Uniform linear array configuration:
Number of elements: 48
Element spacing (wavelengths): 1
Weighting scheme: cosine
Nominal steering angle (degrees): -45
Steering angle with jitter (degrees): -44.798
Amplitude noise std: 0.05
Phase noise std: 0.05

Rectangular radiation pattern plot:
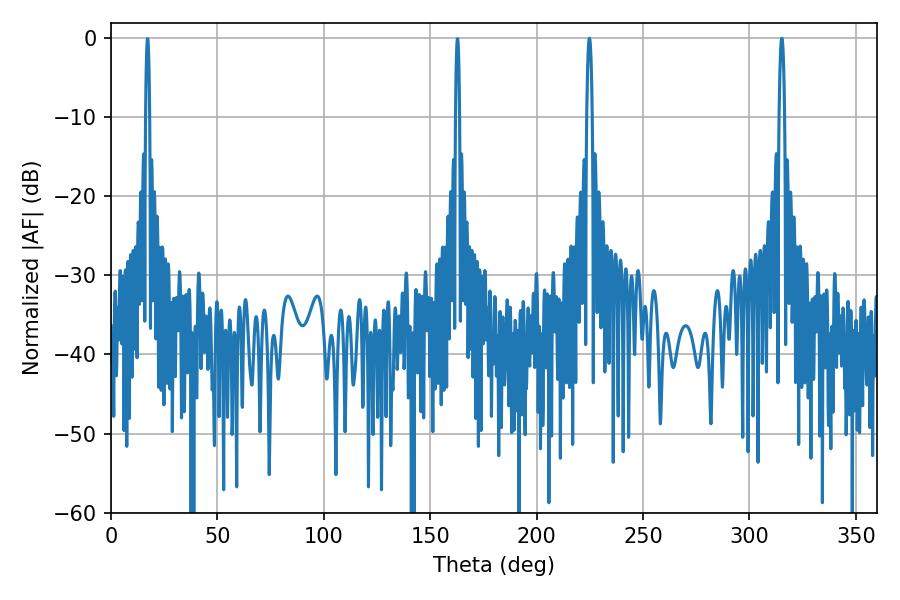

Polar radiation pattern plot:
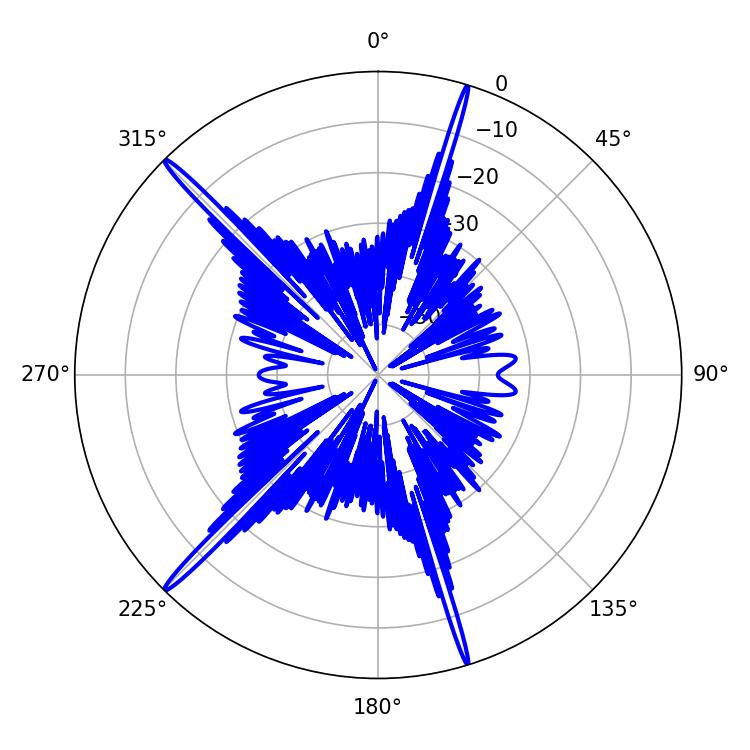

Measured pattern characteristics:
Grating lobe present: TRUE
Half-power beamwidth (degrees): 1.44
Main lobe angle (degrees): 315.18